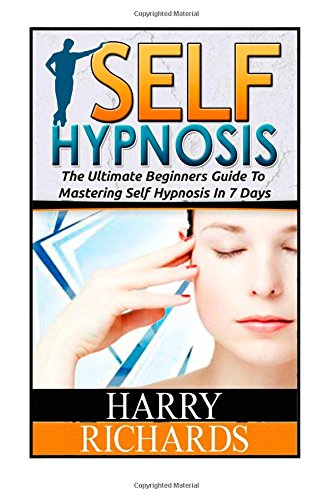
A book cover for Self Hypnosis: The Ultimate Beginners Guide To Mastering Self Hypnosis In 7 Days (self hypnosis, self hypnosis diet, self hypnosis for dummies); Harry Richards; Health, Fitness & Dieting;